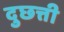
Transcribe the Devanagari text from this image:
दुछत्ती